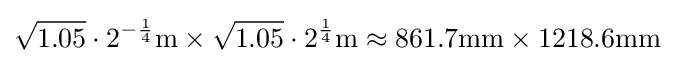
{\sqrt {1.05}}\cdot 2^{-{\frac {1}{4}}}\mathrm {m} \times {\sqrt {1.05}}\cdot 2^{\frac {1}{4}}\mathrm {m} \approx 861.7\mathrm {mm} \times 1218.6\mathrm {mm}